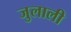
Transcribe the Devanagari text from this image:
जुलाली